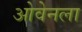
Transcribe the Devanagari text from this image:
ओवेनला